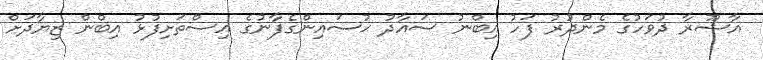
އާޝޫރާ ދުވަހުގެ މެންދުރު ފަހު އިބްނު ސައާދު ޙުސައިންގެފާނުގެ އިސްތަށިފުޅު އިބްން ޒިޔާދަށް